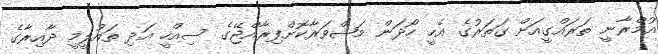
އުމްރާނީ ތަރައްގީއަށް ގަތަރުގެ އެހީ ހޯދަން މަޝްވަރާކޮށްފިރާއްޖޭގެ ސިއްހީ އަދި ތައުލީމީ ދާއިރާގެ